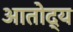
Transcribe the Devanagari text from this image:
आतोद्य